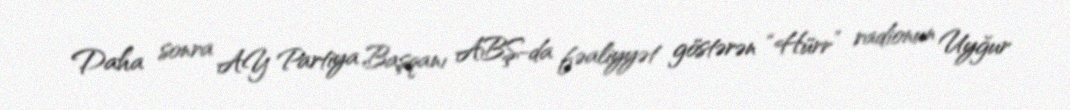
Daha sonra AY Partiya Başqanı ABŞ-da fəaliyyət göstərən “Hürr” radionun Uyğur